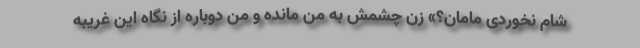
شام نخوردی مامان؟» زن چشمش به من مانده و من دوباره از نگاه این غریبه